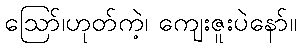
ဪ၊ဟုတ်ကဲ့၊ ကျေးဇူးပဲနော်။